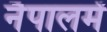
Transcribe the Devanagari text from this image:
नैपालमें